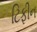
ટિફીન